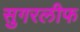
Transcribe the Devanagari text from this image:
सुगरलीफ